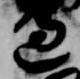
辺